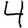
Digit: 4